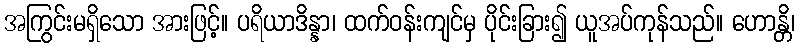
အကြွင်းမရှိသော အားဖြင့်။ ပရိယာဒိန္နာ၊ ထက်ဝန်းကျင်မှ ပိုင်းခြား၍ ယူအပ်ကုန်သည်။ ဟောန္တိ၊